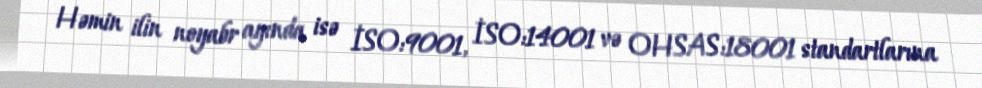
Həmin ilin noyabr ayında isə İSO:9001, İSO:14001 və OHSAS:18001 standartlarına